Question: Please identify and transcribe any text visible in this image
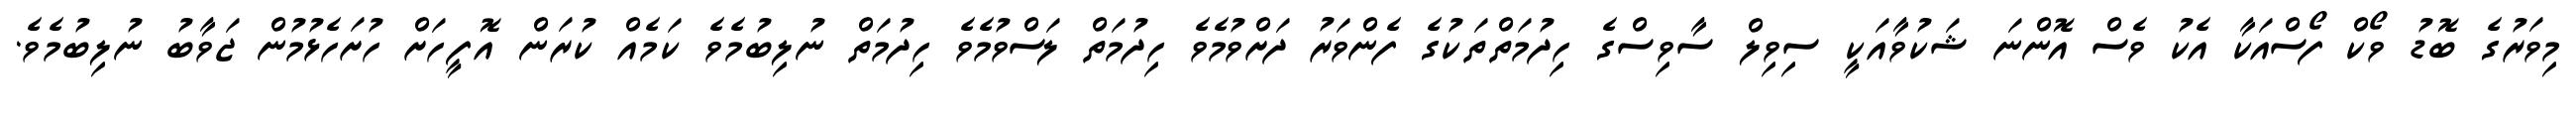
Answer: މިވަރުގެ ބޮޑު ވޯކް ފޯސްއަކާ އެކު ވެސް އޮންނަ ޝަކުވާއަކީ ސިވިލް ސާވިސްގެ ހިދުމަތްތަކުގެ ފެންވަރު ދަށްވުމެވެ ހިދުމަތް ލަސްވުމެވެ ހިދުމަތް ނުލިބުމެވެ ކަމެއް ކުރަން އޮފީހަށް ހުށަހެޅުމުން ޖަވާބު ނުލިބުމެވެ.